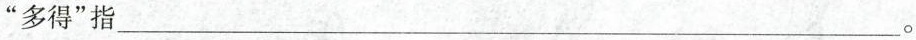
”多得”指___。